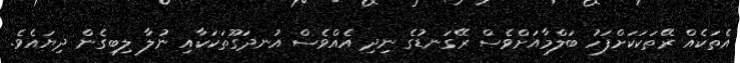
އެތަކެއް ރޭތަކަކަށްފަހު ބަލްމާއަށްވެސް ރޭގަނޑުގެ ނިދި އެއްވެސް އުނދަގޫތަކަކާއި ނުލާ ލިބިގެން ދިޔައެވެ.